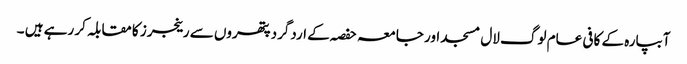
آبپارہ کے کافی عام لوگ لال مسجد اور جامعہ حفصہ کے اردگرد پتھروں سے رینجرز کا مقابلہ کر رہے ہیں ۔